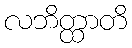
လဘိတ္ထာတိ